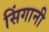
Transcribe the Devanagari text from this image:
सिंगानी